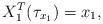
LaTeX: \begin{align*} X_1^T(\tau_{x_1}) = x_1, \end{align*}